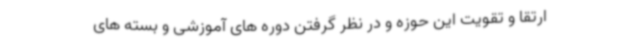
ارتقا و تقویت این حوزه و در نظر گرفتن دوره های آموزشی و بسته های